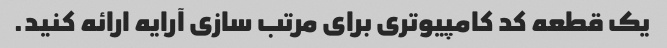
یک قطعه کد کامپیوتری برای مرتب سازی آرایه ارائه کنید.